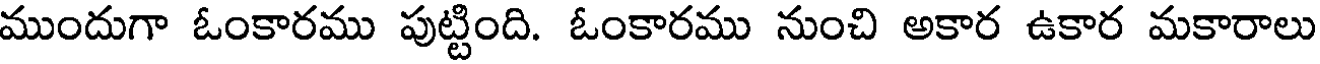
ముందుగా ఓంకారము పుట్టింది. ఓంకారము నుంచి అకార ఉకార మకారాలు